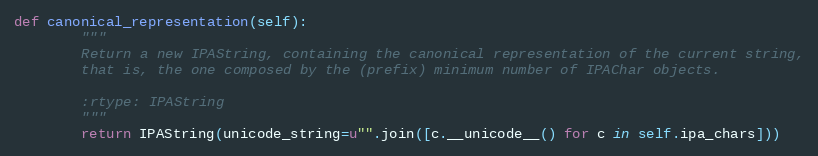
Language: Python
def canonical_representation(self):
        """
        Return a new IPAString, containing the canonical representation of the current string,
        that is, the one composed by the (prefix) minimum number of IPAChar objects.

        :rtype: IPAString
        """
        return IPAString(unicode_string=u"".join([c.__unicode__() for c in self.ipa_chars]))